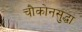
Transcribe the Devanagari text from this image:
चौकोनसुद्धा